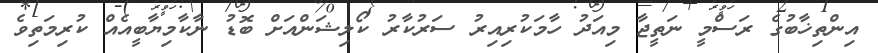
އިންތިޚާބުގެ ރަސްމީ ނަތީޖާ މިއަދު ހާމަކުރިއިރު ސަރުކާރު ކޯލިޝަންއަށް ބޮޑު ނާކާމިޔާބީއެއް ކުރިމަތިވެ